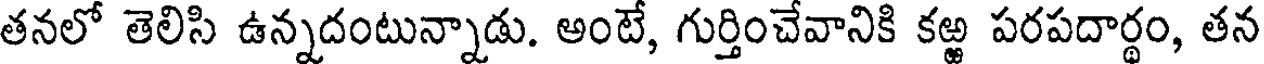
తనలో తెలిసి ఉన్నదంటున్నాడు. అంటే, గుర్తించేవానికి కఱ్ఱ పరపదార్థం, తన